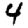
Digit: 4